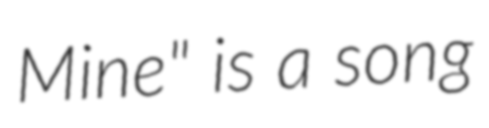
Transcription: Mine" is a song